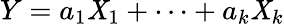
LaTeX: Y=a_{1}\mathit{X}_{1}+\cdots+a_{k}\mathit{X}_{k}